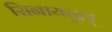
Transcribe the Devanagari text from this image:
सिनायतुल्